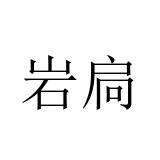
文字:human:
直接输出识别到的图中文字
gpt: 岩扃